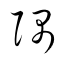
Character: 隅